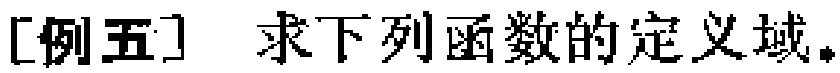
[例五] 求下列函数的定义域。